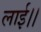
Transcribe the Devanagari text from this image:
लाई।।